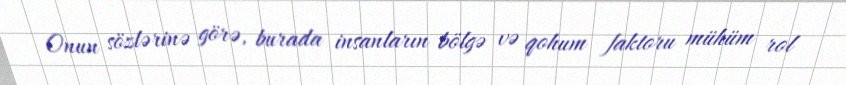
Onun sözlərinə görə, burada insanların bölgə və qohum faktoru mühüm rol